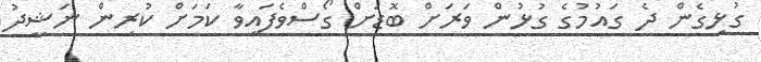
ގުޅިގެން ދެ ގައުމުގެ ގުޅުން ވަރަށް ބޮޑަށް ގޯސްވެފައިވާ ކަމަށް ކުރިން ނަޝީދު